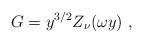
LaTeX: \begin{align*}G= y^{3/2} Z_\nu (\omega y)\ ,\end{align*}